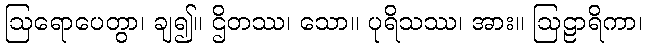
ဩရောပေတွာ၊ ချ၍။ ဌိတဿ၊ သော။ ပုရိသဿ၊ အား။ ဩဠာရိကာ၊